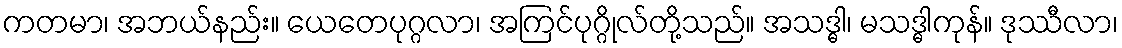
ကတမာ၊ အဘယ်နည်း။ ယေတေပုဂ္ဂလာ၊ အကြင်ပုဂ္ဂိုလ်တို့သည်။ အသဒ္ဓါ၊ မသဒ္ဓါကုန်။ ဒုဿီလာ၊